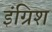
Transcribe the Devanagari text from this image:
इंग्रिश